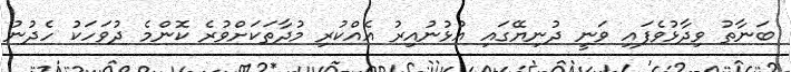
ބަނާތު ވިދާޅުވެފައި ވަނީ ދުނިޔޭގައި އުޅުނުއިރު އެއްކުރި މުދާތަކަށްވުރެ ކޮންމެ ދުވަހަކު ހެދުނު